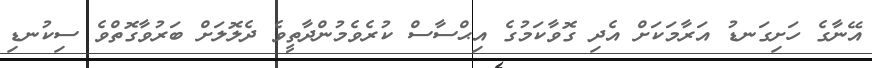
އޭނާގެ ހަށިގަނޑު އަރާމަކަށް އެދި ގޮވާކަމުގެ އިޙްސާސް ކުރެެވެމުންދާތީވެ ދެލޮލަށް ބަރުވާގޮތްވެ ސިކުނޑި